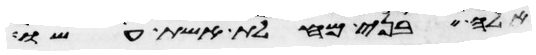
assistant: אלה בני מחלת אשת עשו